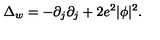
\Delta _ { w } = - \partial _ { j } \partial _ { j } + 2 e ^ { 2 } | \phi | ^ { 2 } .